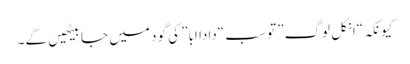
کیونکہ “انکل لوگ” تو سب “دادا ابا” کی گود میں جا بیٹھیں گے۔